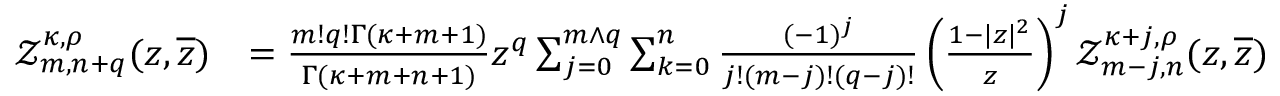
\begin{array} { r l } { \mathcal { Z } _ { m , n + q } ^ { \kappa , \rho } ( z , \overline { { z } } ) } & { = \frac { m ! q ! \Gamma ( \kappa + m + 1 ) } { \Gamma ( \kappa + m + n + 1 ) } z ^ { q } \sum _ { j = 0 } ^ { m \wedge q } \sum _ { k = 0 } ^ { n } \frac { ( - 1 ) ^ { j } } { j ! ( m - j ) ! ( q - j ) ! } \left( \frac { 1 - | z | ^ { 2 } } { z } \right) ^ { j } \mathcal { Z } _ { m - j , n } ^ { \kappa + j , \rho } ( z , \overline { { z } } ) } \end{array}